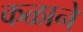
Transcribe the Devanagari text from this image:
कळाने